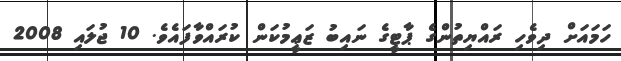
ހަމައަށް ދިވެހި ރައްޔިތުންގެ ޕާޓީގެ ނައިބު ޒަޢީމުކަން ކުރައްވާފައެވެ. 10 ޖުލައި 2008